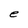
Character: e